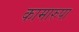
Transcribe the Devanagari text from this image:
कामारुपा